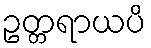
ဥတ္တရာယပိ